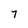
Character: 7